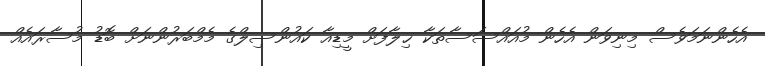
އެހެންނަމަވެސް މިނިވަން އެހެން މުއައްސަސާތަކާ ޚިލާފަށް މީޑިއާ ކައުންސިލްގެ މެމްބަރުންނަށް ބޮޑު މުސާރައެއް